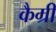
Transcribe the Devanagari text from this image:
कैम्री